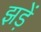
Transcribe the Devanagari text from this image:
झड़ें